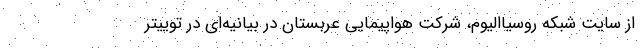
از سایت شبکه روسیاالیوم، شرکت هواپیمایی عربستان در بیانیه‌ای در توییتر